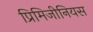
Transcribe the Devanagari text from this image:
प्रिमिजीनियस